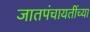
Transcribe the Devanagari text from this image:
जातपंचायतींच्या